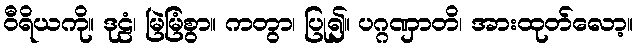
ဝီရိယကို။ ဒုဠံ၊ မြဲမြံစွာ။ ကတွာ၊ ပြု၍။ ပဂ္ဂဏှာတိ၊ အားထုတ်လော့။